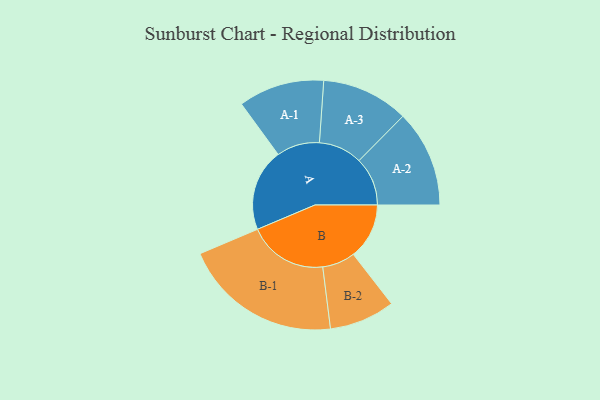
{"axis": {"x": "Segment", "y": "Value"}, "legend": ["", "A", "B"], "data": [{"x": "A", "y": 268, "type": ""}, {"x": "B", "y": 182, "type": ""}, {"x": "A-1", "y": 140, "type": "A"}, {"x": "A-2", "y": 158, "type": "A"}, {"x": "A-3", "y": 142, "type": "A"}, {"x": "B-1", "y": 259, "type": "B"}, {"x": "B-2", "y": 107, "type": "B"}]}